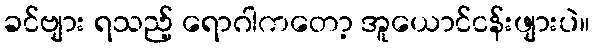
ခင်ဗျား ရသည့် ရောဂါကတော့ အူယောင်ငန်းဖျားပဲ။